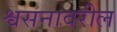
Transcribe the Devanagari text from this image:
श्वसनावरील